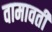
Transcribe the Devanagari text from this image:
वामावती